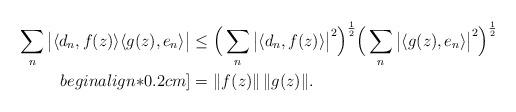
LaTeX: \begin{align*}\sum\limits_n\big|\langle d_n,f(z)\rangle\langle g(z), e_n\rangle\big| \leq &\ \Big(\sum\limits_n \big|\langle d_n,f(z)\rangle\big|^2\Big)^{\frac{1}{2}}\Big(\sum\limits_n \big|\langle g(z),e_n\rangle\big|^2\Big)^{\frac{1}{2}}\\begin{align*}0.2cm]= &\ \|f(z)\|\, \|g(z)\|.\end{align*}